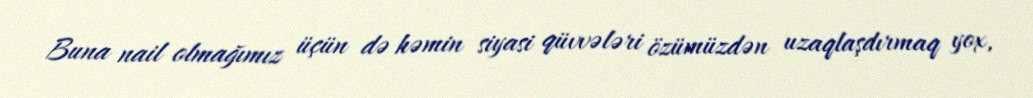
Buna nail olmağımız üçün də həmin siyasi qüvvələri özümüzdən uzaqlaşdırmaq yox,